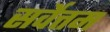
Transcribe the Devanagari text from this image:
सर्वेत्तम